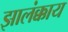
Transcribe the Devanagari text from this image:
झालंक्काय